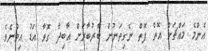
އެންމެ މައްޗަށް އޮތް ފޮތް ނެގިތަނުން ބާރުބާރަށް އާބިދާ ގޮވާ އަޑު އިވުނެވެ.